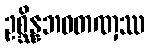
ဥစ္ဆိန္နဘဝတဏှဿ